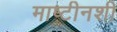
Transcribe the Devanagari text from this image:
माष्टीनशी